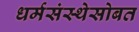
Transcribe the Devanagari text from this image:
धर्मसंस्थेसोबत